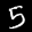
Label: 5